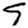
Digit: 9